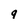
Character: q